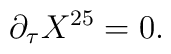
\partial_{\tau} X^{25} =0.